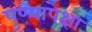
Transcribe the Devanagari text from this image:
पुण्यापेक्षा